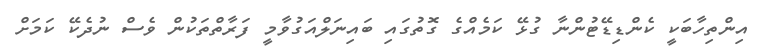
އިންތިހާބަކީ ކެންޑިޑޭޓުންނާ ގުޅޭ ކަމެއްގެ ގޮތުގައި ބައިނަލްއަގުވާމީ ފަރާތްތަކުން ވެސް ނުދެކޭ ކަމަށް